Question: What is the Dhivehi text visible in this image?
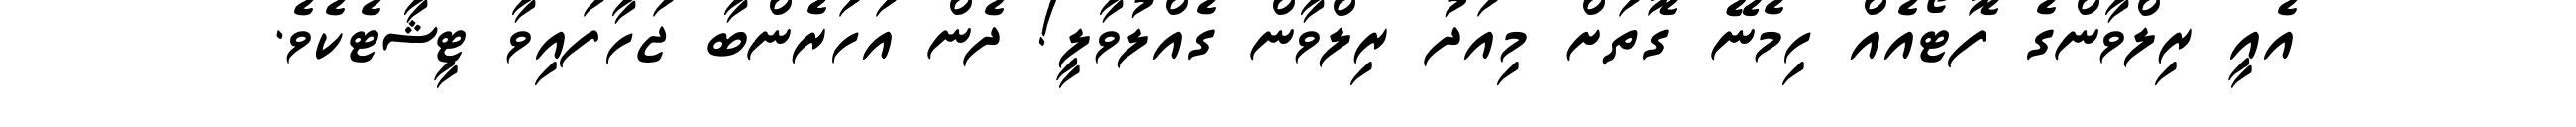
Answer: އެއީ ރިލްވާންގެ ފޮޓޯއެއް ހިމެނޭ ގޮތަށް މިއަދު ރިލްވާން ގެއްލުވާލީ! ދެން އަހަރެންބާ ޖަހާފައިވާ ޓީޝާޓެކެވެ.